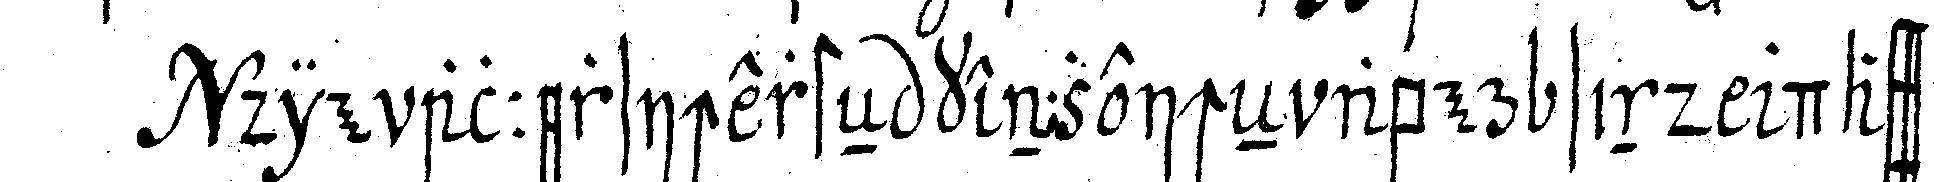
die allersichersteN kenzeicheN aber sind dass